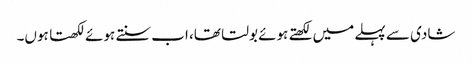
شادی سے پہلے میں‌ لکھتے ہوئے بولتا تھا، اب سنتے ہوئے لکھتا ہوں‌۔